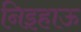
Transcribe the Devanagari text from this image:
निइहाऊ